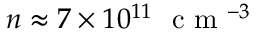
n \approx 7 \times 1 0 ^ { 1 1 } ~ \mathrm { ~ c ~ m ~ } ^ { - 3 }